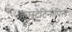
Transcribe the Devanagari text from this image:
कांस्टेटिनोपिल